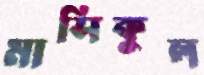
মাসিকুল